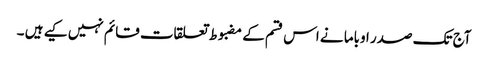
آج تک صدر اوباما نے اس قسم کے مضبوط تعلقات قائم نہیں کیے ہیں ۔